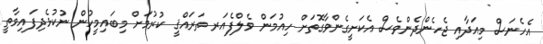
އެހެނަސް މިއަދާއި ޖެހެންދެންވެސް އެކަށީގެންވާގޮތަށް ހިއުމަން ވެލްފެއަރ ތަރައްޤީ ކުރުމަށް މިބައިމީހުން ނުކުޅެދިފައިވާތީ